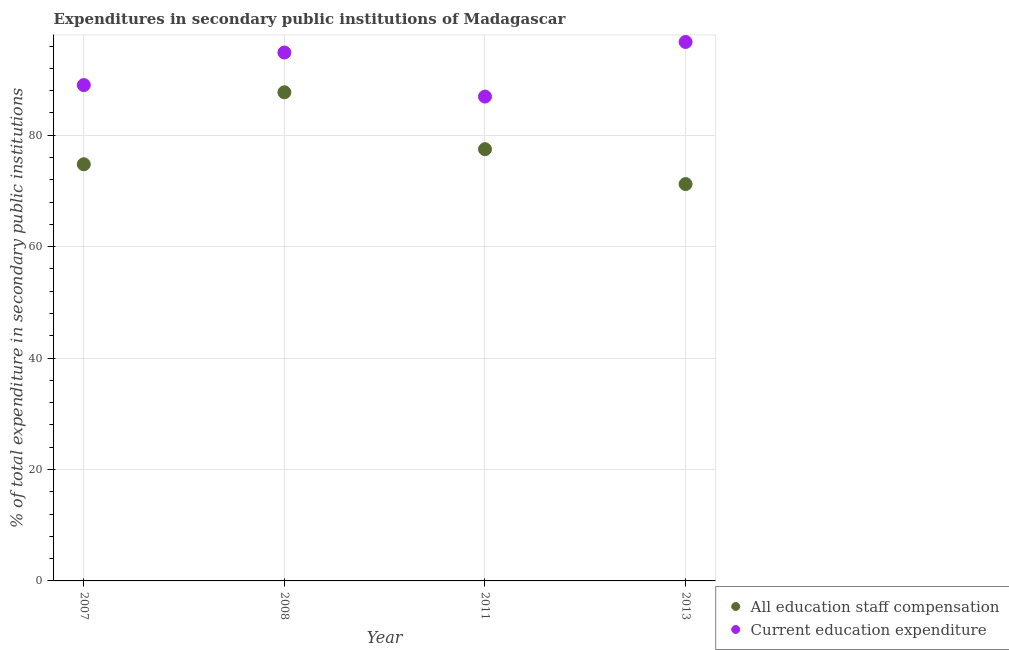
| Year | All education staff compensation | Current education expenditure |
 | --- | --- | --- |
 | 2007 | 74.8 | 89 |
 | 2008 | 87.7 | 94.9 |
 | 2011 | 77.5 | 86.9 |
 | 2013 | 71.2 | 96.7 |